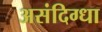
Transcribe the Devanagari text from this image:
असंदिग्धा